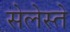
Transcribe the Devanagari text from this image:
सेलेस्ते